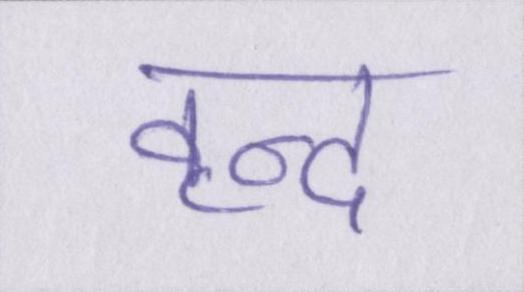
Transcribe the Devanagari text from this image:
वृन्द